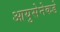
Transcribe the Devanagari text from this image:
आयुसेनेकडे